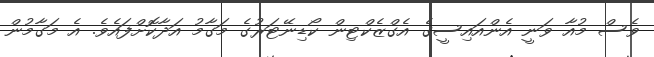
ވެސް މުއާ ވަނީ އެންއައިސީގެ އެގްޒެކްޓިން ކޯޑިނޭޓަރުގެ މަގާމު އަދާކޮށްފައެވެ. އެ މަގާމުން